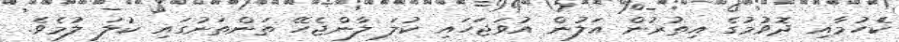
ކެހުމާއި ދޮވުމުގެ އިތުރުން އަލުން އުވަޖަހައި ކުލަ ލާންޖެހޭ ތަންތަނުގައި ކުލަ ލުމެވެ.